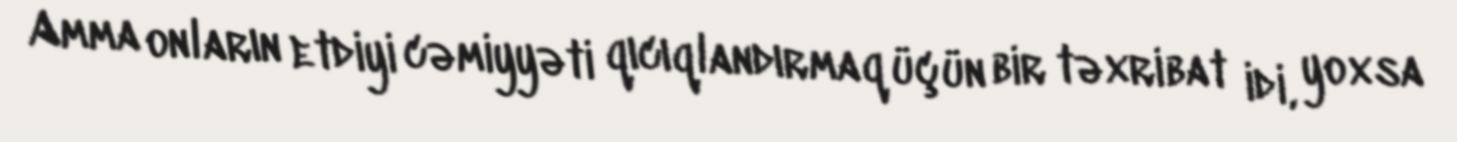
Amma onların etdiyi cəmiyyəti qıcıqlandırmaq üçün bir təxribat idi, yoxsa